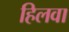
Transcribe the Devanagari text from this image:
हिलवा